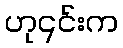
ဟု၎င်းက